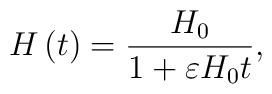
H\left( t\right) =\frac{H_{0}}{1+\varepsilon H_{0}t},